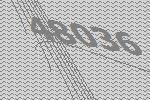
48036